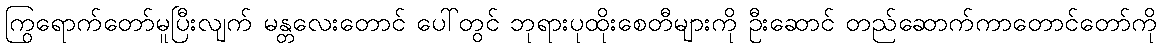
ကြွရောက်တော်မူပြီးလျက် မန္တလေးတောင် ပေါ်တွင် ဘုရားပုထိုးစေတီများကို ဦးဆောင် တည်ဆောက်ကာတောင်တော်ကို